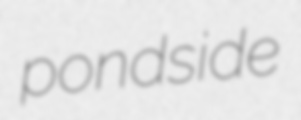
pondside